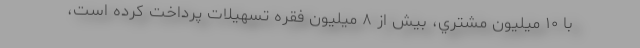
با ۱۰ ميليون مشتري، بيش از ۸ ميليون فقره تسهيلات پرداخت كرده است،